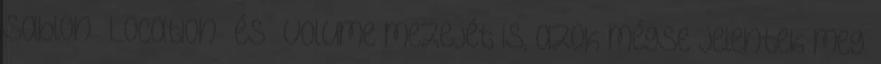
sablon „Location” és „Volume”mezejét is, azok mégse jelentek meg.